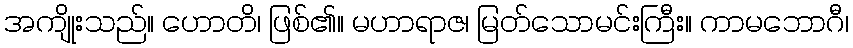
အကျိုးသည်။ ဟောတိ၊ ဖြစ်၏။ မဟာရာဇ၊ မြတ်သောမင်းကြီး။ ကာမဘောဂီ၊